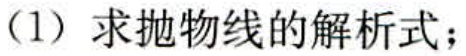
（1）求抛物线的解析式；